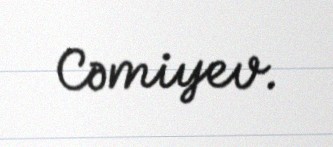
Cəmiyev.